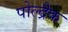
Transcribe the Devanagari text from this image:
पोल्द्रैक